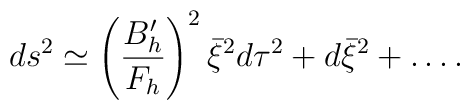
ds^2 \simeq \left({B'_h\over F_h}\right)^2 \bar{\xi}^2 d\tau^2 + d\bar{\xi}^2 +\dots .